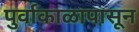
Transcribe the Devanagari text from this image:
पुर्वाकाळापासून